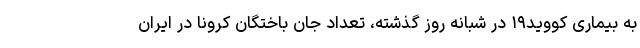
به بیماری کووید۱۹ در شبانه روز گذشته، تعداد جان باختگان کرونا در ایران